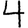
Digit: 4